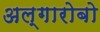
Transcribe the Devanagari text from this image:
अल्गारोबो